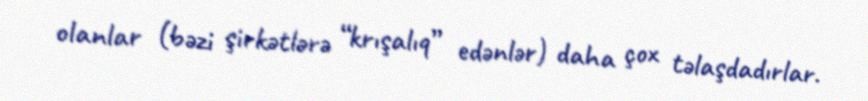
olanlar (bəzi şirkətlərə “krışalıq” edənlər) daha çox təlaşdadırlar.